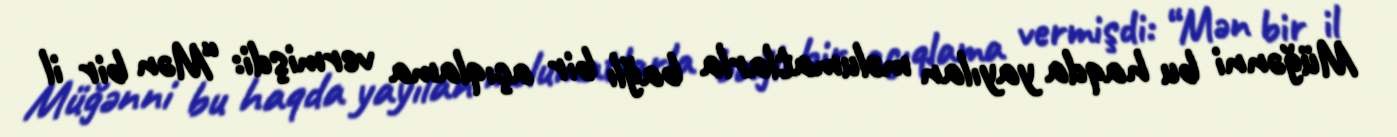
Müğənni bu haqda yayılan məlumatlarla bağlı bir açıqlama vermişdi: “Mən bir il